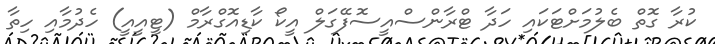
ކުރާ ގޮތް ބެލުމަށްޓަކައި ހަދާ ޓްރާންސްއީސޮފޭގަލް އީކޯ ކާޑިއޮގްރާމް (ޓީއީއީ) ހެދުމާއި ހިތާ